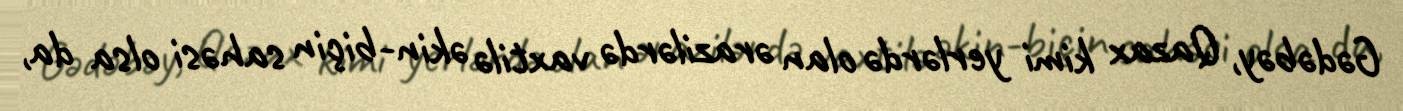
Gədəbəy, Qazax kimi yerlərdə olan ərazilərdə vaxtilə əkin-biçin sahəsi olsa da,